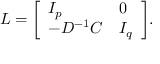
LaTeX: L = { \left[ \begin{array} { l l } { I _ { p } } & { 0 } \\ { - D ^ { - 1 } C } & { I _ { q } } \end{array} \right] } .